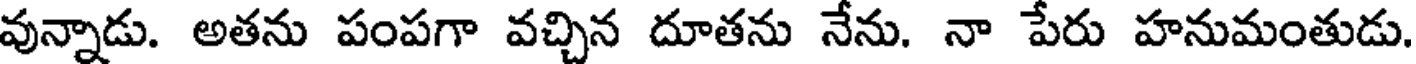
వున్నాడు. అతను పంపగా వచ్చిన దూతను నేను. నా పేరు హనుమంతుడు